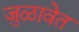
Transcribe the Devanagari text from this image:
जुळावेत